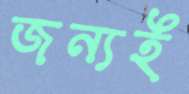
জন্যই